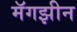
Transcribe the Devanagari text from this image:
मॅगझीन